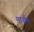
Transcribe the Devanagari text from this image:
मार्याम